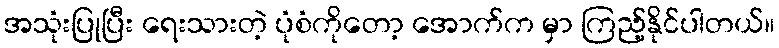
အသုံးပြုပြီး ရေးသားတဲ့ ပုံစံကိုတော့ အောက်က မှာ ကြည့်နိုင်ပါတယ်။